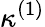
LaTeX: \kappa^{(1)}